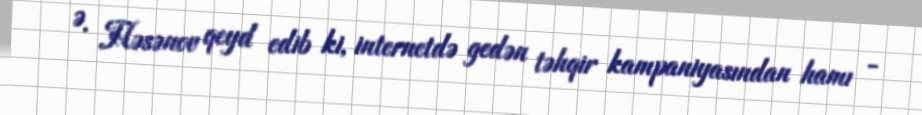
Ə. Həsənov qeyd edib ki, internetdə gedən təhqir kampaniyasından hamı -